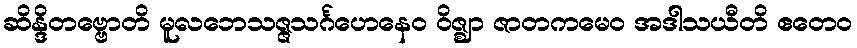
ဆိန္ဒိတဗ္ဗောတိ မူလဘေသဇ္ဇသင်္ဂဟေနေဝ ဝိဇ္ဈာ ဇာတကမေဝ အဒါသယီတိ ဧတေဝ